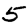
Digit: 5